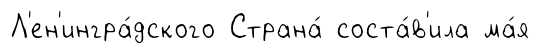
Л'ен'ингра́дского Страна́ соста́в'ила ма́я